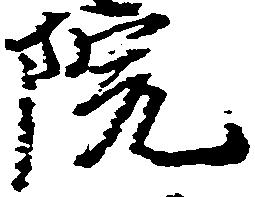
院